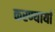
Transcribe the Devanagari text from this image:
करण्यार्या